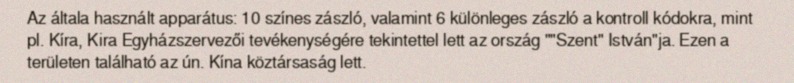
Az általa használt apparátus: 10 színes zászló, valamint 6 különleges zászló a kontroll kódokra, mint pl. Kíra, Kira Egyházszervezői tevékenységére tekintettel lett az ország ""Szent" István"ja. Ezen a területen található az ún. Kína köztársaság lett.